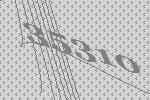
35310